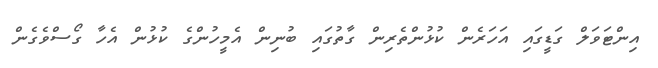
އިންޓަވަލް ގަޑީގައި އަހަރެން ކުޅުންތެރިން ގާތުގައި ބުނިން އެމީހުންގެ ކުޅުން އެހާ ގޯސްވެގެން